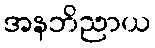
အနဘိညာယ